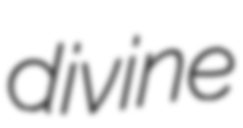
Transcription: divine